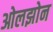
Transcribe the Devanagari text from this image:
ओलझोन